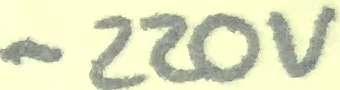
Text: -220V